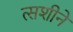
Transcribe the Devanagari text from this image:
त्सशीने